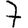
Digit: 7